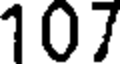
107